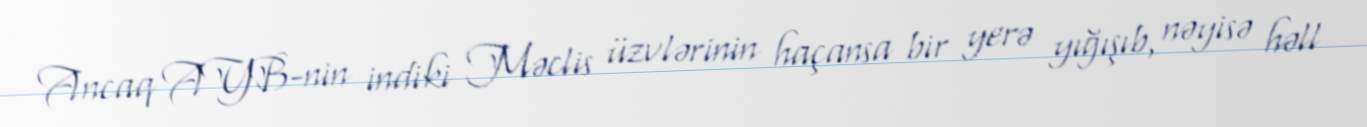
Ancaq AYB-nin indiki Məclis üzvlərinin haçansa bir yerə yığışıb, nəyisə həll